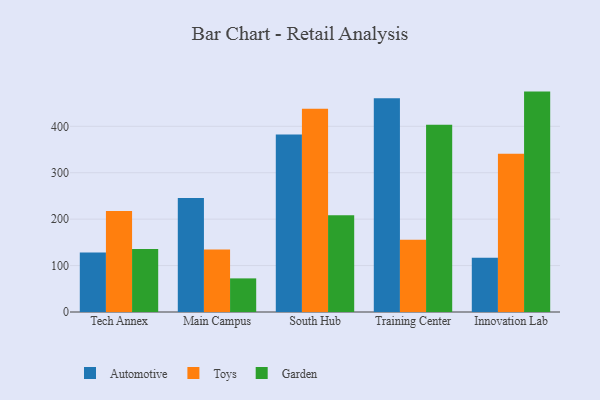
{"axis": {"x": "Campus", "y": "Customer Acquisition Cost (USD)"}, "legend": ["Automotive", "Garden", "Toys"], "data": [{"x": "Tech Annex", "y": 128.1, "type": "Automotive"}, {"x": "Tech Annex", "y": 217.7, "type": "Toys"}, {"x": "Tech Annex", "y": 135.8, "type": "Garden"}, {"x": "Main Campus", "y": 245.5, "type": "Automotive"}, {"x": "Main Campus", "y": 134.7, "type": "Toys"}, {"x": "Main Campus", "y": 72.4, "type": "Garden"}, {"x": "South Hub", "y": 382.3, "type": "Automotive"}, {"x": "South Hub", "y": 437.6, "type": "Toys"}, {"x": "South Hub", "y": 208.6, "type": "Garden"}, {"x": "Training Center", "y": 460.6, "type": "Automotive"}, {"x": "Training Center", "y": 155.4, "type": "Toys"}, {"x": "Training Center", "y": 403.6, "type": "Garden"}, {"x": "Innovation Lab", "y": 117.0, "type": "Automotive"}, {"x": "Innovation Lab", "y": 341.1, "type": "Toys"}, {"x": "Innovation Lab", "y": 474.8, "type": "Garden"}]}